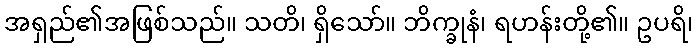
အရှည်၏အဖြစ်သည်။ သတိ၊ ရှိသော်။ ဘိက္ခုနံ၊ ရဟန်းတို့၏။ ဥပရိ၊